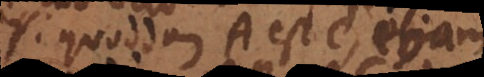
si quoddam A est C, etiam